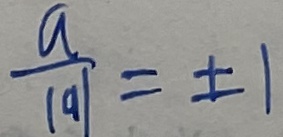
\frac { a } { \vert a \vert } = \pm 1